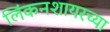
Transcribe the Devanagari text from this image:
लिंकनशायरच्या